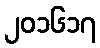
၂၀၁၆၁၇